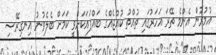
އުމުރުން އެންމެ ތޭރަ އަހަރުގައި ތުއްތު ކުއްޖެއްގެ ބައްޕައަކަށްވީ ކަމަށް ބެލެވުނު އިނގިރޭސި